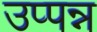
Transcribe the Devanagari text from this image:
उप्पन्न